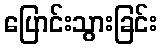
ပြောင်းသွားခြင်း